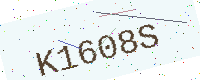
Text: K1608S